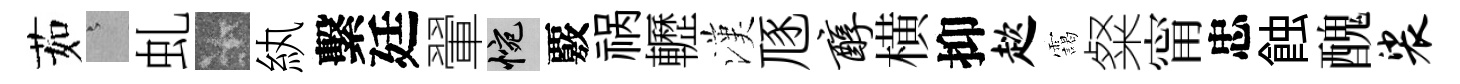
茹澹虬卡紈繫廷翬惋覈祸轣漢豗醇横抑趑靄粲甯忠蝕醜裟